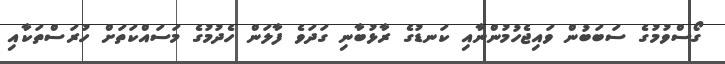
ގޯސްވުމުގެ ސަބަބުން ވައިޖެހުމުންނާއި ކަނޑުގެ ރާޅުބާނި ގަދަވެ ފާލަން ހެދުމުގެ މަސައްކަތަށް ހުރަސްތަކާއި